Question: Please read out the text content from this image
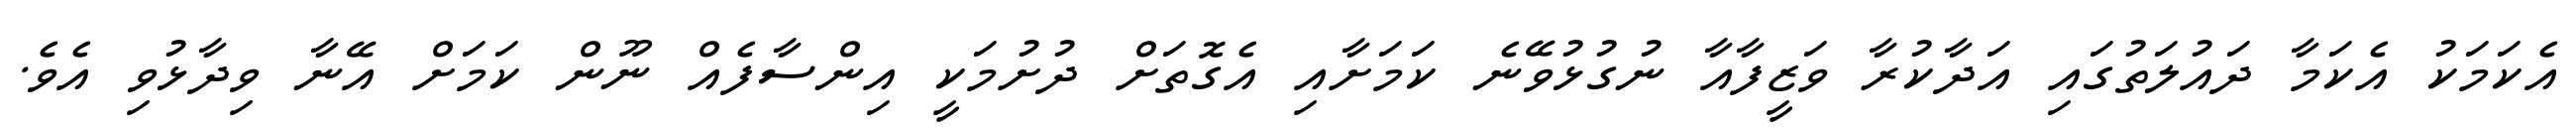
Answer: އެކަމަކު އެކަމާ ދައުލަތުގައި އަދާކުރާ ވަޒީފާއާ ނުގުޅުވޭނެ ކަމަށާއި އެގޮތަށް ދުށުމަކީ އިންސާފެއް ނޫން ކަމަށް އޭނާ ވިދާޅުވި އެވެ.